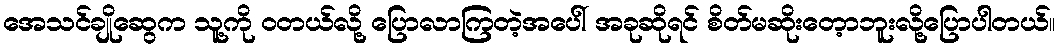
အေသင်ချိုဆွေက သူ့ကို ဝတယ်လို့ ပြောလာကြတဲ့အပေါ် အခုဆိုရင် စိတ်မဆိုးတေ့ာဘူးလို့ပြောပါတယ်။